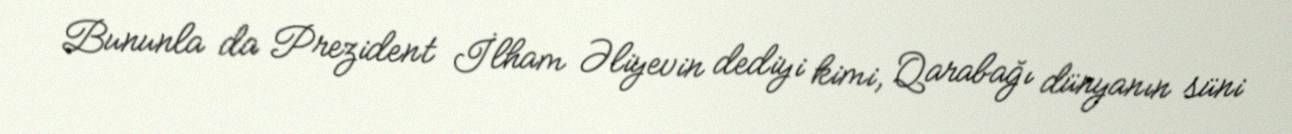
Bununla da Prezident İlham Əliyevin dediyi kimi, Qarabağı dünyanın süni